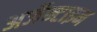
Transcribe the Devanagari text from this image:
अर्जेन्टाइन